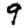
Digit: 9